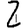
Digit: 2